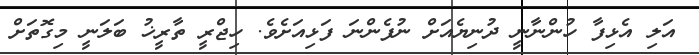
އަލި އެޅިފާ ހުންނާނީ ދުނިޔެއަށް ނުފެންނަ ފަޅިއަށެވެ. ހިޖްރީ ތާރީޚު ބަލަނީ މިގޮތަށް